Annual report on the mental hospital in the Central Provinces and Berar (Nagpur) - 1927-1951
Year: 1927
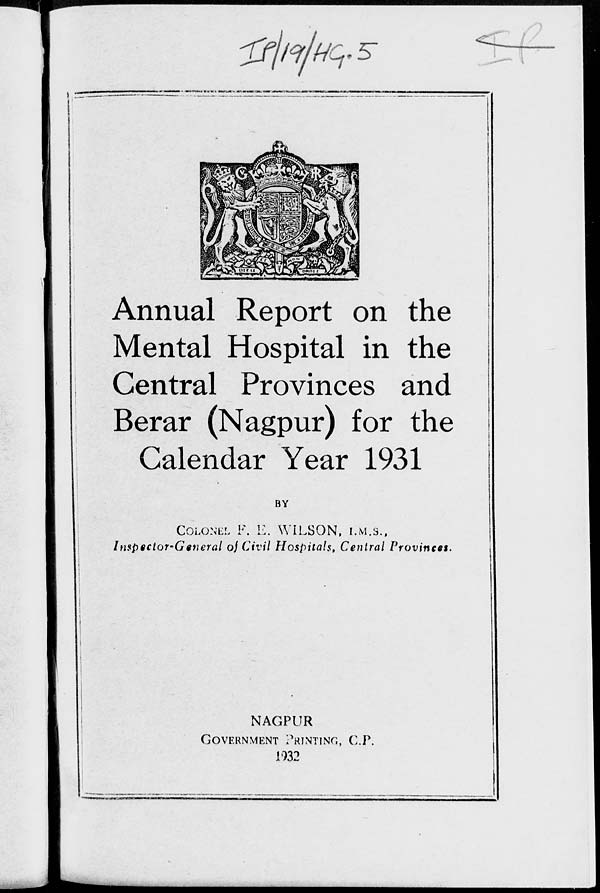
Annual Report on the
Mental Hospital in the
Central Provinces and
Berar (Nagpur) for the
Calendar Year 1931
BY
COLONEL F. E. WILSON, I.M.S.,
Inspector-General of Civil Hospitals, Central Provinces.
NAGPUR
GOVERNMENT PRINTING, C.P.
1932